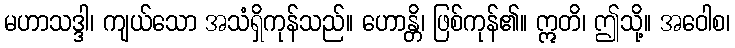
မဟာသဒ္ဒါ၊ ကျယ်သော အသံရှိကုန်သည်။ ဟောန္တိ၊ ဖြစ်ကုန်၏။ ဣတိ၊ ဤသို့။ အဝေါစ၊